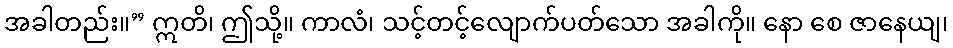
အခါတည်း။” ဣတိ၊ ဤသို့။ ကာလံ၊ သင့်တင့်လျောက်ပတ်သော အခါကို။ နော စေ ဇာနေယျ၊